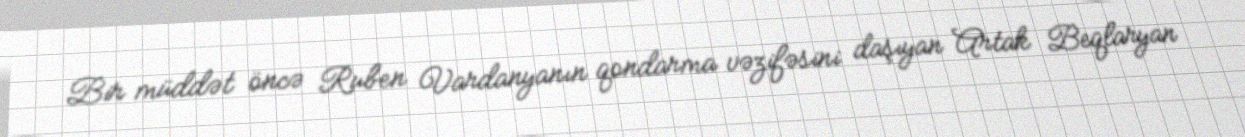
Bir müddət öncə Ruben Vardanyanın qondarma vəzifəsini daşıyan Artak Beqlaryan